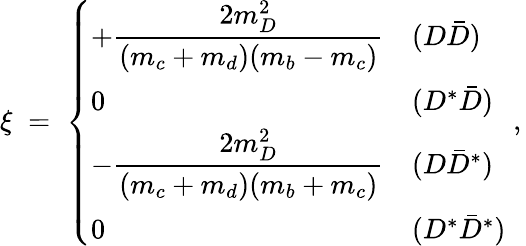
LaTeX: \xi\; =\; \left\{ \begin{array}{ll}{{+\displaystyle\frac{2m_{D}^{2}}{(m_{c}+m_{d})(m_{b}-m_{c})}}}&{{(D\bar{D})}}\\ {{0}}&{{(D^{*}\bar{D})}}\\ {{-\displaystyle\frac{2m_{D}^{2}}{(m_{c}+m_{d})(m_{b}+m_{c})}}}&{{(D\bar{D}^{*})}}\\ {{0}}&{{(D^{*}\bar{D}^{*})}}\end{array}\; ,\right.